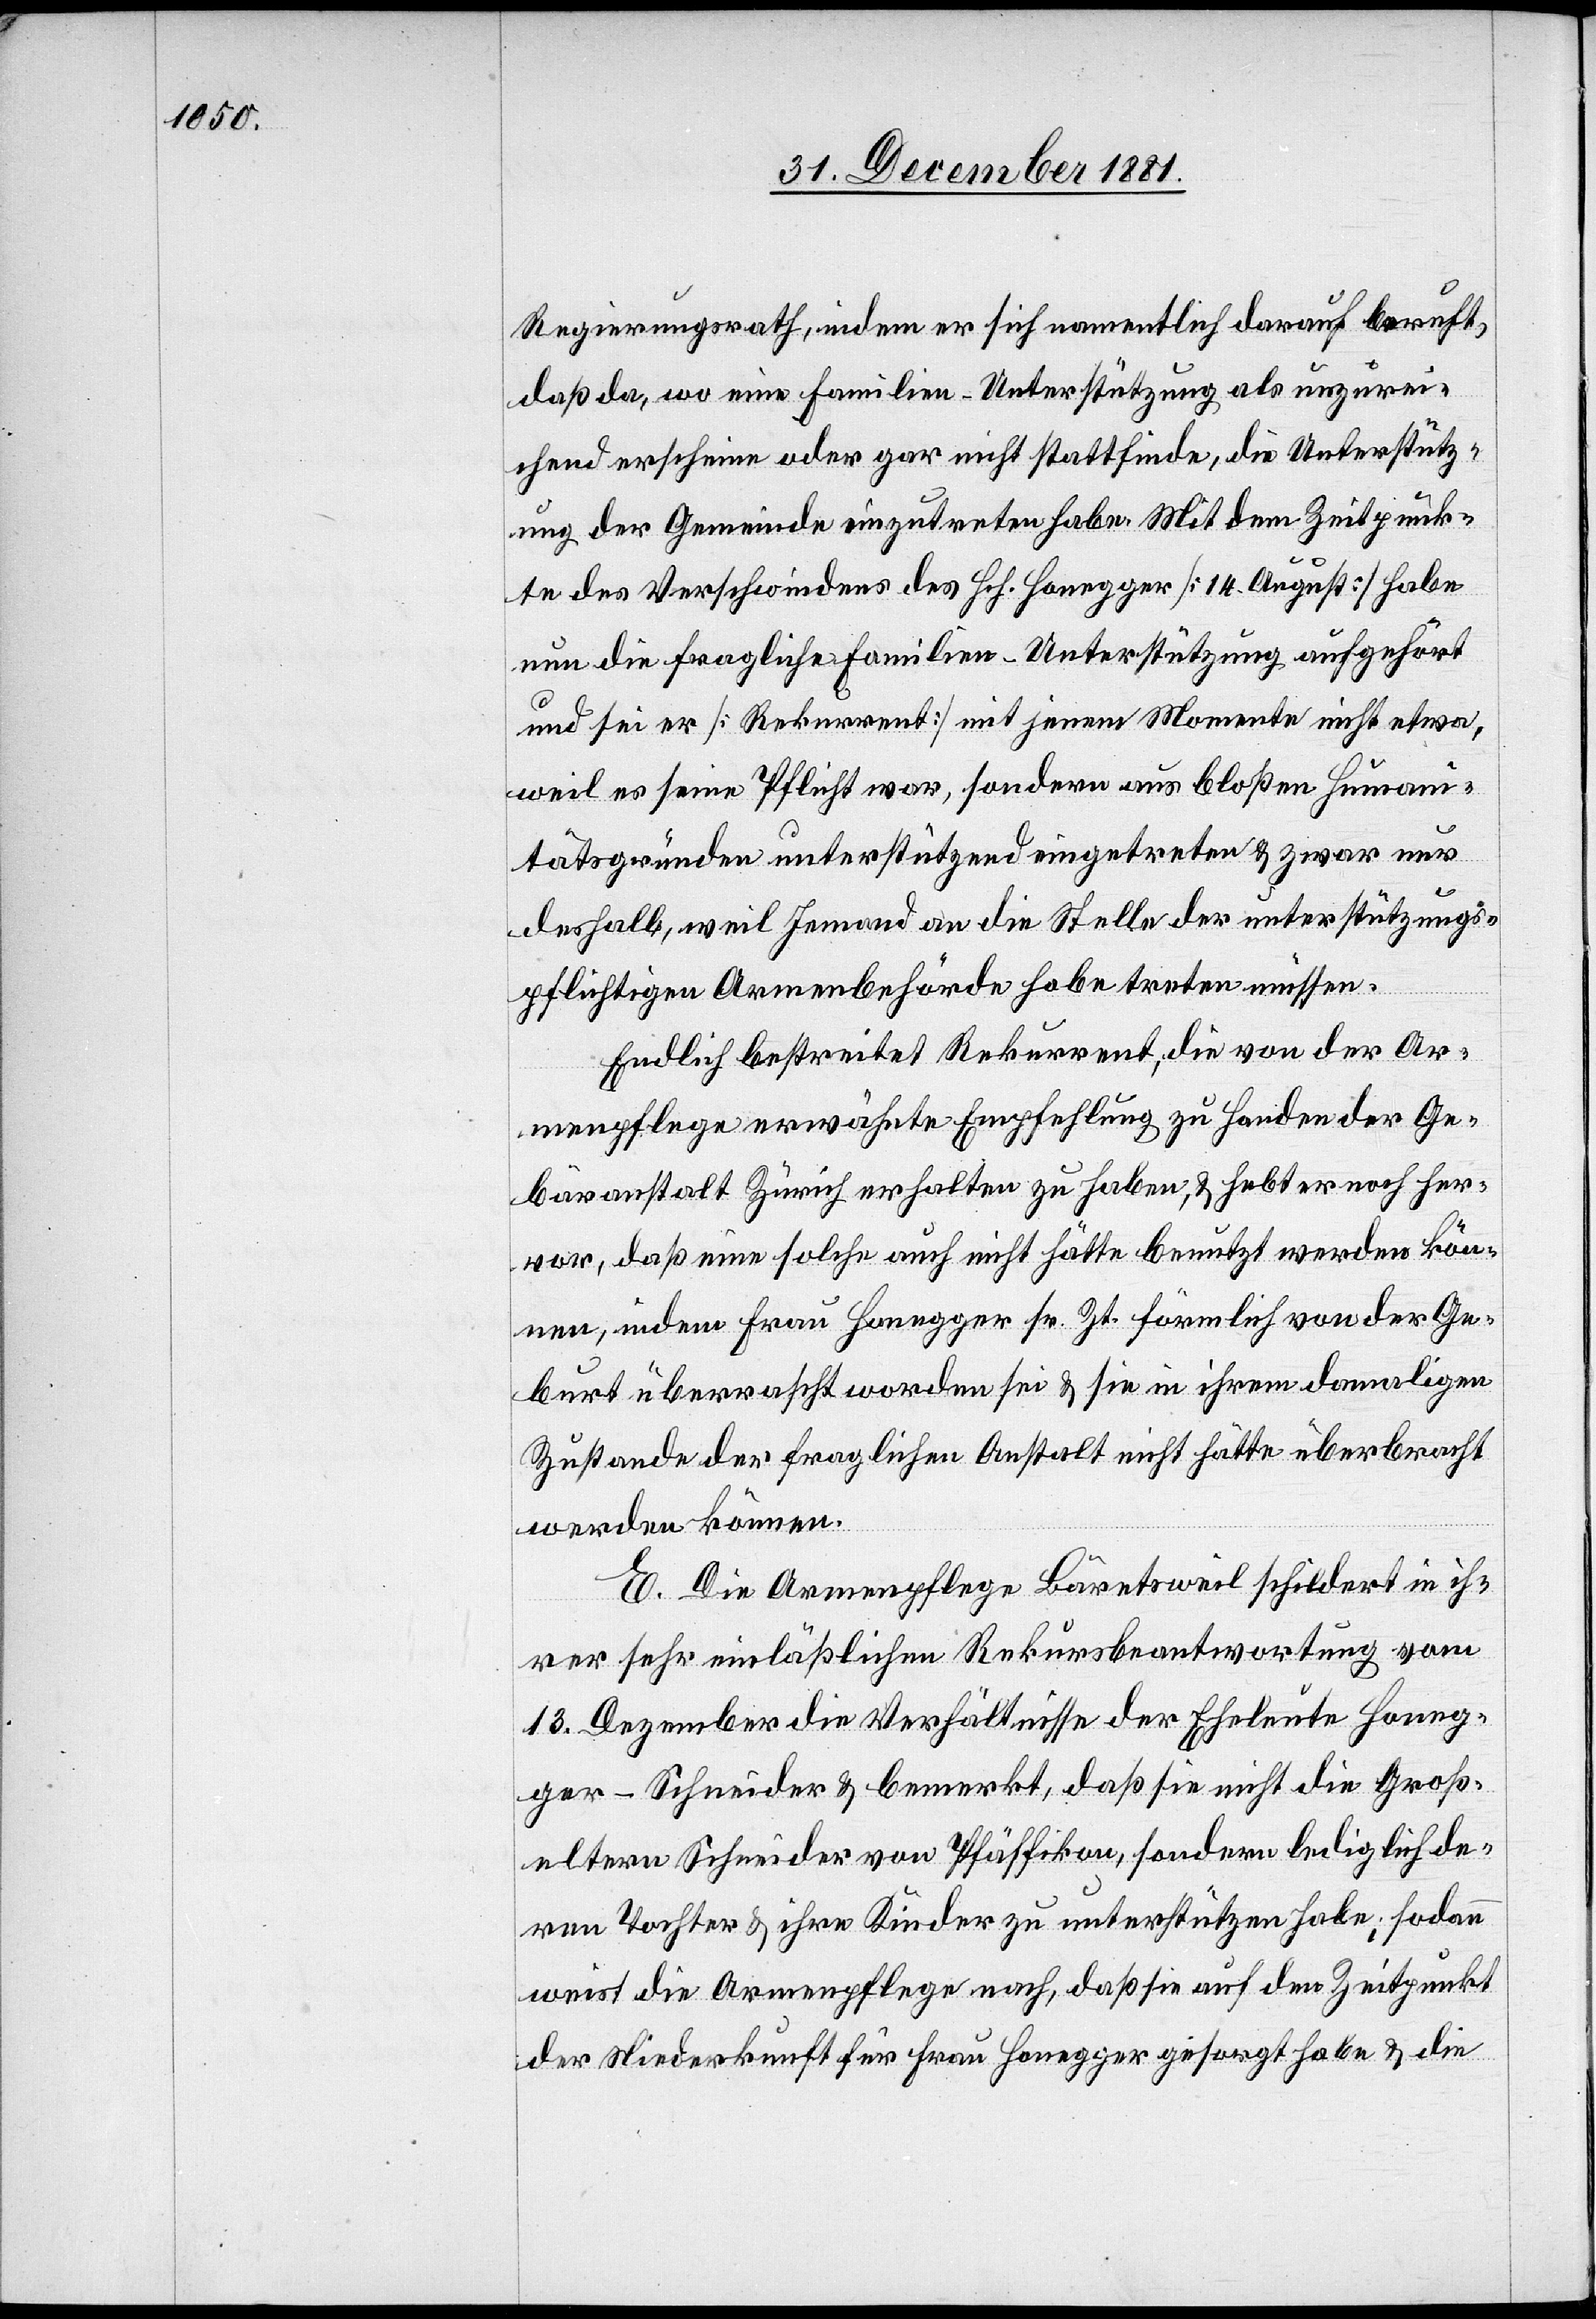
Regierungsrath, indem er sich namentlich darauf beruft,
daß da, wo eine Familien-Unterstützung als unzurei¬
chend erscheine oder gar nicht stattfinde, die Unterstütz¬
ung der Gemeinde einzutreten habe. Mit dem Zeitpunk¬
te des Verschwindens des Hch. Honegger [14. August] habe
nun die fragliche Familien-Unterstützung aufgehört
und sei er [Rekurrent] mit jenem Momente nicht etwa,
weil es seine Pflicht war, sondern aus bloßen Humani¬
tätsgründen unterstützend eingetreten & zwar nur
deshalb, weil Jemand an die Stelle der unterstützungs¬
pflichtigen Armenbehörde habe treten müssen.
Endlich bestreitet Rekurrent, die von der Ar¬
menpflege erwähnte Empfehlung zu Handen der Ge¬
bäranstalt Zürich erhalten zu haben, & hebt er noch her¬
vor, daß eine solche auch nicht hätte benutzt werden kön¬
nen, indem Frau Honegger sr. Zt. förmlich von der Ge¬
burt überrascht worden sei & sie in ihrem damaligen
Zustande der fraglichen Anstalt nicht hätte überbracht
werden können.
E. Die Armenpflege Bäretsweil schildert in ih¬
rer sehr einläßlichen Rekursbeantwortung vom
13. Dezember die Verhältnisse der Eheleute Honeg¬
ger-Schneider & bemerkt, daß sie nicht die Groß¬
eltern Schneider von Pfäffikon, sondern lediglich de¬
ren Tochter & ihre Kinder zu unterstützen habe; sodann
weist die Armenpflege nach, daß sie auf den Zeitpunkt
der Niederkunft für Frau Honegger gesorgt habe & die